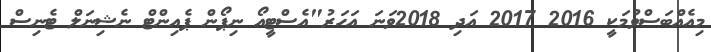
މިއެއްބަސްވުމަކީ 2016 2017 އަދި 2018ވަނަ އަހަރު"އެސްޓީއޯ ނިޕޯން ޕެއިންޓް ނެޝިނަލް ޓެނިސް